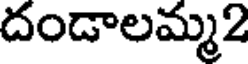
దండాలమ్మ2